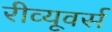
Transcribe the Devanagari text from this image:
रीव्यूवर्स